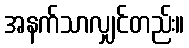
အနက်သာလျှင်တည်း။